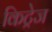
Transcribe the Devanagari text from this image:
किट्रेज